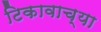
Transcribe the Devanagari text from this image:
टिकावाच्या